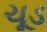
ચૂડ